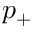
p _ { + }